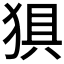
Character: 𰡗